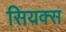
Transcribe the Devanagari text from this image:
सियक्स